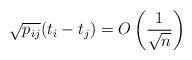
LaTeX: \begin{align*} \sqrt{p_{ij}} (t_i - t_j) = O\left( \frac{1}{\sqrt{n}} \right)\end{align*}